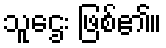
သူဌေး ဖြစ်၏။